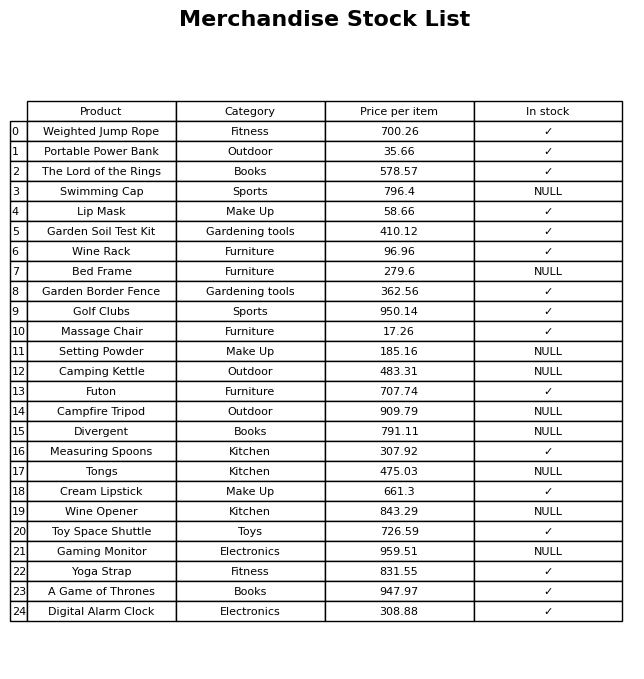
question: What is the price for Futon?
answer: The price of Futon is 707.74.